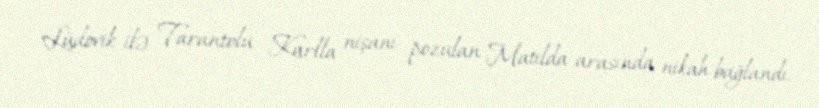
Lüdovik ilə Tarantolu Karlla nişanı pozulan Matilda arasında nikah bağlandı.